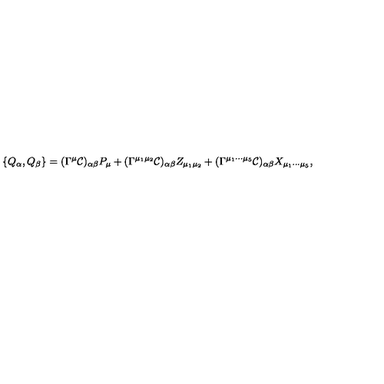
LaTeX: \{ Q _ { \alpha } , Q _ { \beta } \} = ( \Gamma ^ { \mu } { \cal C } ) _ { \alpha \beta } P _ { \mu } + ( \Gamma ^ { \mu _ { 1 } \mu _ { 2 } } { \cal C } ) _ { \alpha \beta } Z _ { \mu _ { 1 } \mu _ { 2 } } + ( \Gamma ^ { \mu _ { 1 } \cdots \mu _ { 5 } } { \cal C } ) _ { \alpha \beta } X _ { \mu _ { 1 } \cdots \mu _ { 5 } } ,